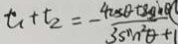
t _ { 1 } + t _ { 2 } = - \frac { 4 \cos \theta + 8 \sin \theta } { 3 \sin ^ { 2 } \theta + 1 }